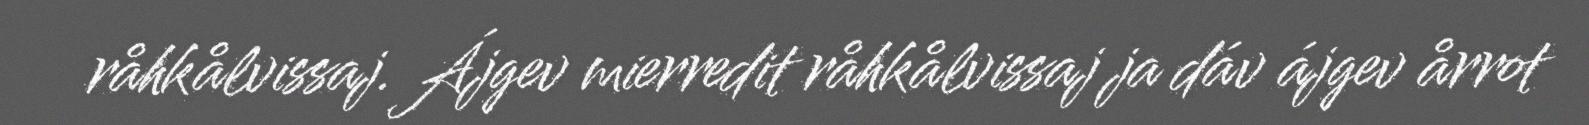
råhkålvissaj. Ájgev mierredit råhkålvissaj ja dáv ájgev årrot